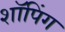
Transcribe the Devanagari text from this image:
शाॅपिंग